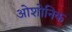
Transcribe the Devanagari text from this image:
ओशोनिक